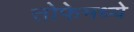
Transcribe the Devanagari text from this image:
तोफेमध्ये